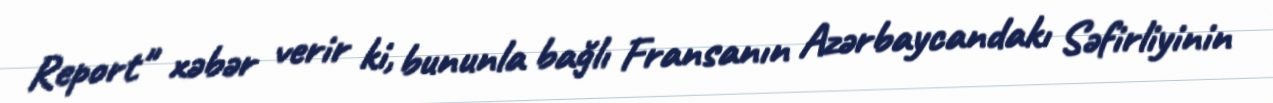
Report" xəbər verir ki, bununla bağlı Fransanın Azərbaycandakı Səfirliyinin